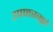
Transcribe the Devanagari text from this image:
उपाहरगृहे